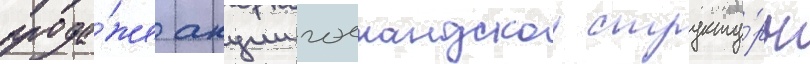
прода́же акции голландскои структу́ры